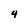
Character: 4